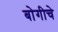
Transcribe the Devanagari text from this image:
बोगीचे